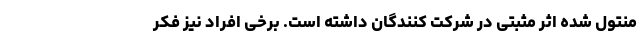
منتول شده اثر مثبتی در شرکت کنندگان داشته است. برخی افراد نیز فکر